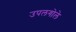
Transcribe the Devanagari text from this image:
उपलगोले